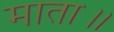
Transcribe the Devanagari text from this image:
माता॥